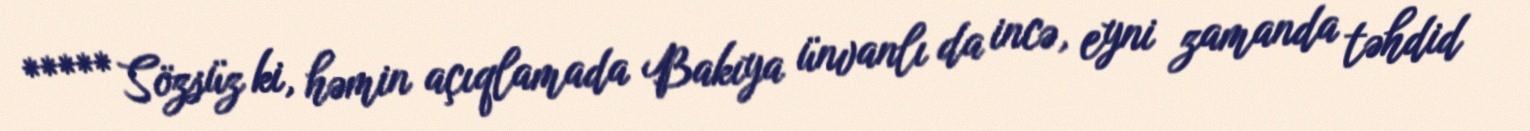
***** Sözsüz ki, həmin açıqlamada Bakıya ünvanlı da incə, eyni zamanda təhdid